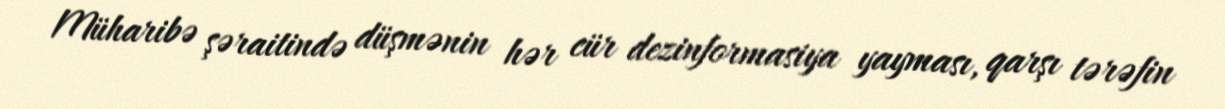
Müharibə şəraitində düşmənin hər cür dezinformasiya yayması, qarşı tərəfin